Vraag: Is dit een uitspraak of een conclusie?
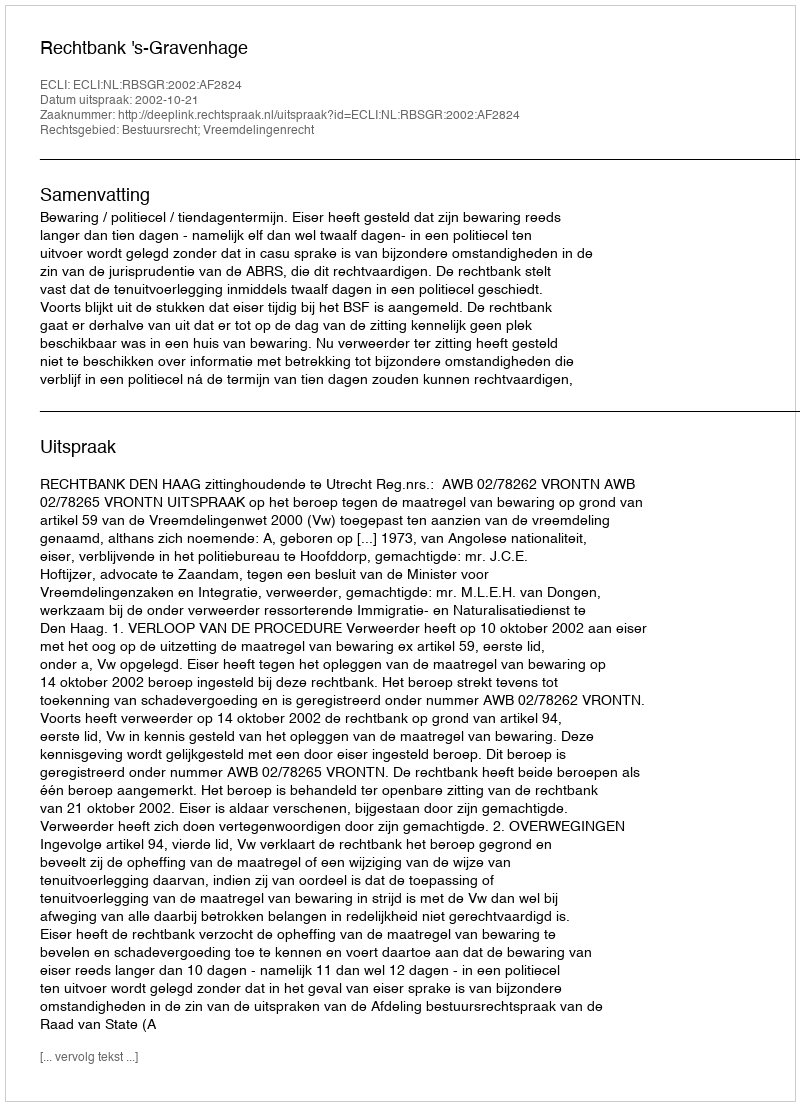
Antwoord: Uitspraak